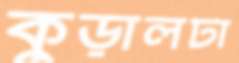
কুড়ালটা